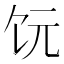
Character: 𫗟